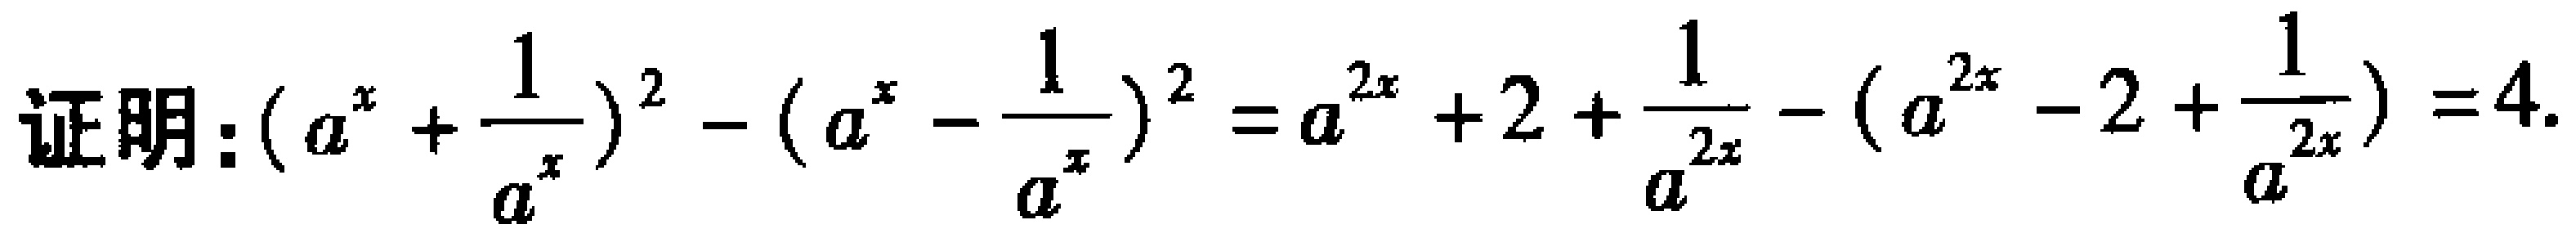
证明：\((a^{x}+\frac{1}{a^{x}})^2-(a^{x}-\frac{1}{a^{x}})^2=a^{2x}+2+\frac{1}{a^{2x}}-(a^{2x}-2+\frac{1}{a^{2x}})=4\)